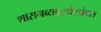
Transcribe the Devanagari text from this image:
शासनव्यवस्थेसोबत